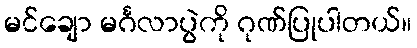
မင်ချော မင်္ဂလာပွဲကို ဂုဏ်ပြုပါတယ်။